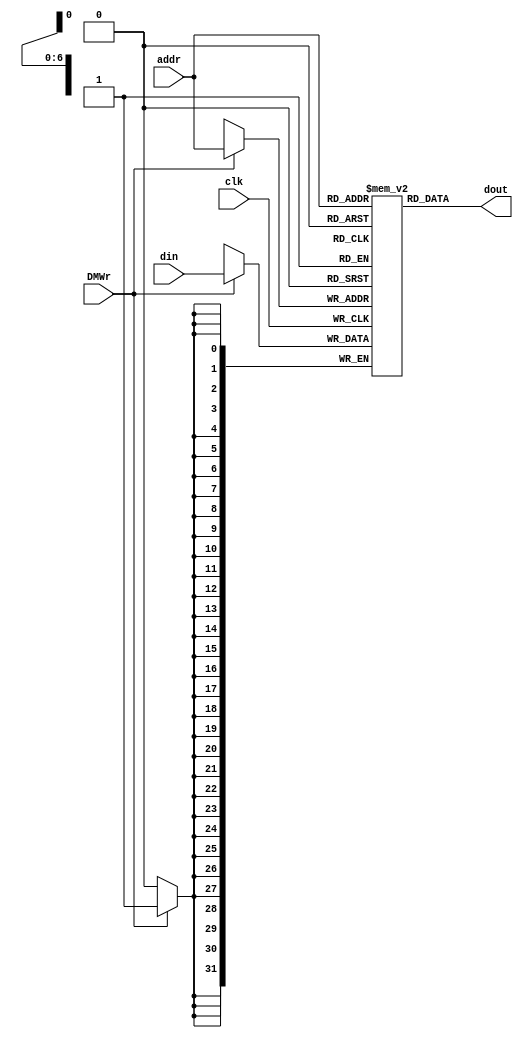

// data memory
module dm(clk, DMWr, addr, din, dout);
   input          clk;
   input          DMWr;
   input  [8:2]   addr;
   input  [31:0]  din;
   output [31:0]  dout;
     
   reg [31:0] dmem[127:0];
   
   always @(posedge clk)
      if (DMWr) begin
         dmem[addr[8:2]] <= din;
        $display("dmem[0x%8X] = 0x%8X,", addr << 2, din); 
      end
   
   assign dout = dmem[addr[8:2]];
    
endmodule